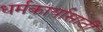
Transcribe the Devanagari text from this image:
धर्मकार्यासाठी